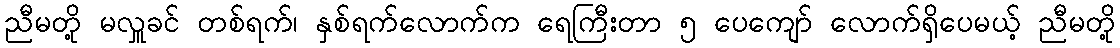
ညီမတို့ မလှူခင် တစ်ရက်၊ နှစ်ရက်လောက်က ရေကြီးတာ ၅ ပေကျော် လောက်ရှိပေမယ့် ညီမတို့